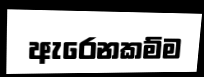
ඇරෙනකම්ම